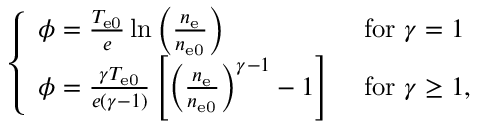
\begin{array} { r } { \left\{ \begin{array} { l l } { \phi = \frac { T _ { \mathrm { e 0 } } } { e } \ln \left( \frac { n _ { \mathrm { e } } } { n _ { \mathrm { e 0 } } } \right) } & { \, \, \mathrm { f o r } \, \, \gamma = 1 } \\ { \phi = \frac { \gamma T _ { \mathrm { e 0 } } } { e ( \gamma - 1 ) } \left[ \left( \frac { n _ { \mathrm { e } } } { n _ { \mathrm { e 0 } } } \right) ^ { \gamma - 1 } - 1 \right] } & { \, \, \mathrm { f o r } \, \, \gamma \ge 1 , } \end{array} \right. } \end{array}